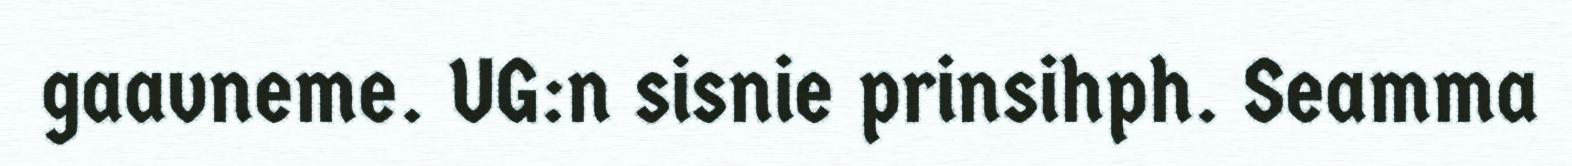
gaavneme. UG:n sisnie prinsihph. Seamma